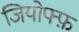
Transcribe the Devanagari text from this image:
जियोफ्फ़